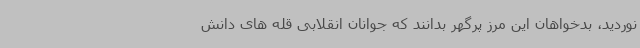
نوردید، بدخواهان این مرز پرگهر بدانند که جوانان انقلابی قله های دانش